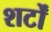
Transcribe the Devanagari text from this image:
शर्टों